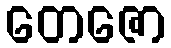
တေဇော